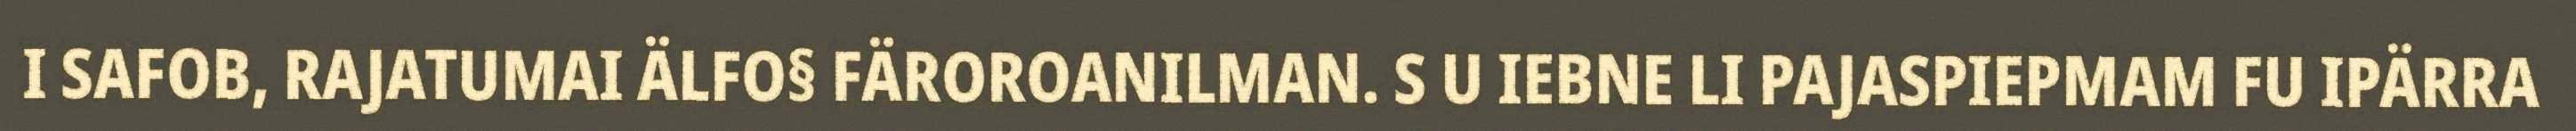
I SAFOB, RAJATUMAI ÄLFO§ FÄROROANILMAN. S U IEBNE LI PAJASPIEPMAM FU IPÄRRA